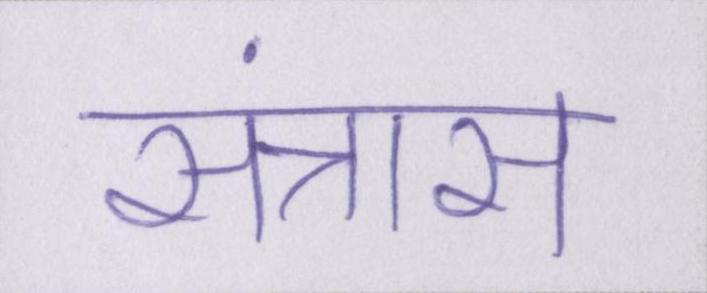
संत्रास